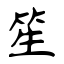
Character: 笙